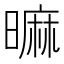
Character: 𣊍